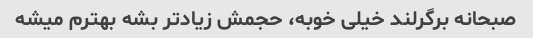
صبحانه برگرلند خیلی خوبه، حجمش زیادتر بشه بهترم میشه